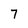
Character: 7